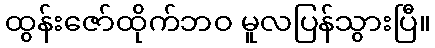
ထွန်းဇော်ထိုက်ဘဝ မူလပြန်သွားပြီ။